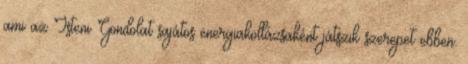
ami az Isteni Gondolat sajátos energiakollázsaként játszik szerepet ebben.